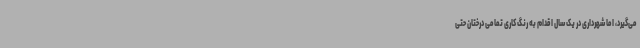
می‌گیرد، اما شهرداری در یک سال اقدام به رنگ کاری تمامی درختان حتی